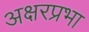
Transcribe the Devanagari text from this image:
अक्षरप्रभा